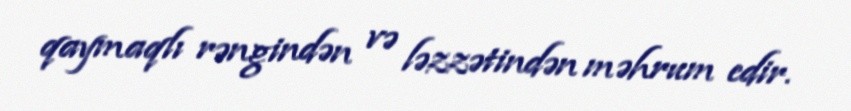
qaymaqlı rəngindən və ləzzətindən məhrum edir.